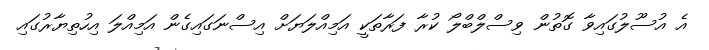
އެ އުސޫލުގައިވާ ގޮތުން ވިސްލްބްލޯ ކުރާ ފަރާތަކީ އަމިއްލަޔަށް އިސްނަގައިގެން އަމިއްލަ އިހުތިޔާރުގައި